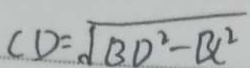
C D = \sqrt { B D ^ { 2 } - B C ^ { 2 } }